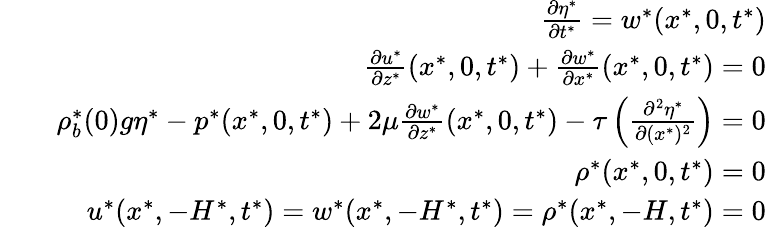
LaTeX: \begin{array}{rlr}&{}&{\frac{\partial\eta^{*}}{\partial t^{*}}=w^{*}(x^{*},0,t^{*})}\\ &{}&{\frac{\partial u^{*}}{\partial z^{*}}(x^{*},0,t^{*})+\frac{\partial w^{*}}{\partial x^{*}}(x^{*},0,t^{*})=0}\\ &{}&{\rho_{b}^{*}(0)g\eta^{*}-p^{*}(x^{*},0,t^{*})+2\mu\frac{\partial w^{*}}{\partial z^{*}}(x^{*},0,t^{*})-\tau\left(\frac{\partial^{2}\eta^{*}}{\partial(x^{*})^{2}}\right)=0}\\ &{}&{\rho^{*}(x^{*},0,t^{*})=0}\\ &{}&{u^{*}(x^{*},-H^{*},t^{*})=w^{*}(x^{*},-H^{*},t^{*})=\rho^{*}(x^{*},-H,t^{*})=0}\end{array}